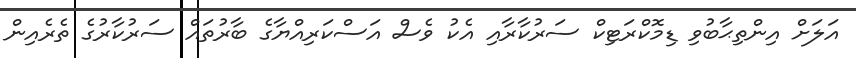
އަލަށް އިންތިޙާބުވި ޑިމޮކްރަޓިކް ސަރުކާރާއި އެކު ވެސް އަސްކަރިއްޔާގެ ބާރުތައް ސަރުކާރުގެ ތެރެއިން